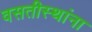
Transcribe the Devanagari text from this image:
वसतीस्थांना